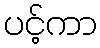
ပင့်ကာ